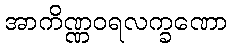
အာကိဏ္ဏဝရလက္ခဏော